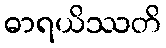
ဓာရယိဿတိ